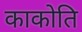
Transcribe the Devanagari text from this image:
काकोति